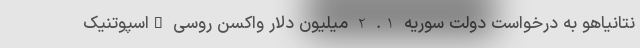
نتانیاهو به درخواست دولت سوریه 1. 2 میلیون دلار واکسن روسی "اسپوتنیک